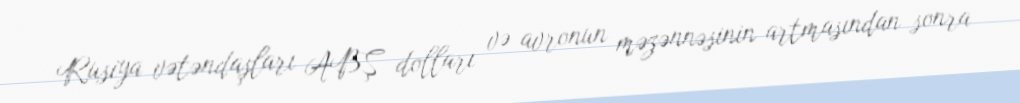
Rusiya vətəndaşları ABŞ dolları və avronun məzənnəsinin artmasından sonra